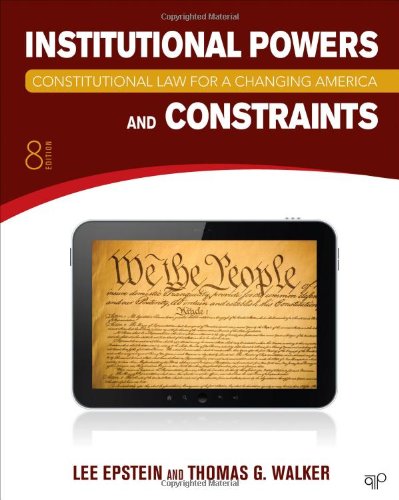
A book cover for Constitutional Law for a Changing America: Institutional Powers and Constraints; Lee Epstein; Law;